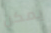
يمكن